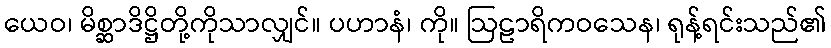
ယေဝ၊ မိစ္ဆာဒိဋ္ဌိတို့ကိုသာလျှင်။ ပဟာနံ၊ ကို။ ဩဠာရိကဝသေန၊ ရုန့်ရင်းသည်၏